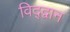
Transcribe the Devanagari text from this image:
विद्द्वान